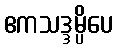
ဧကသဒ္ဒမ္ပိပေ